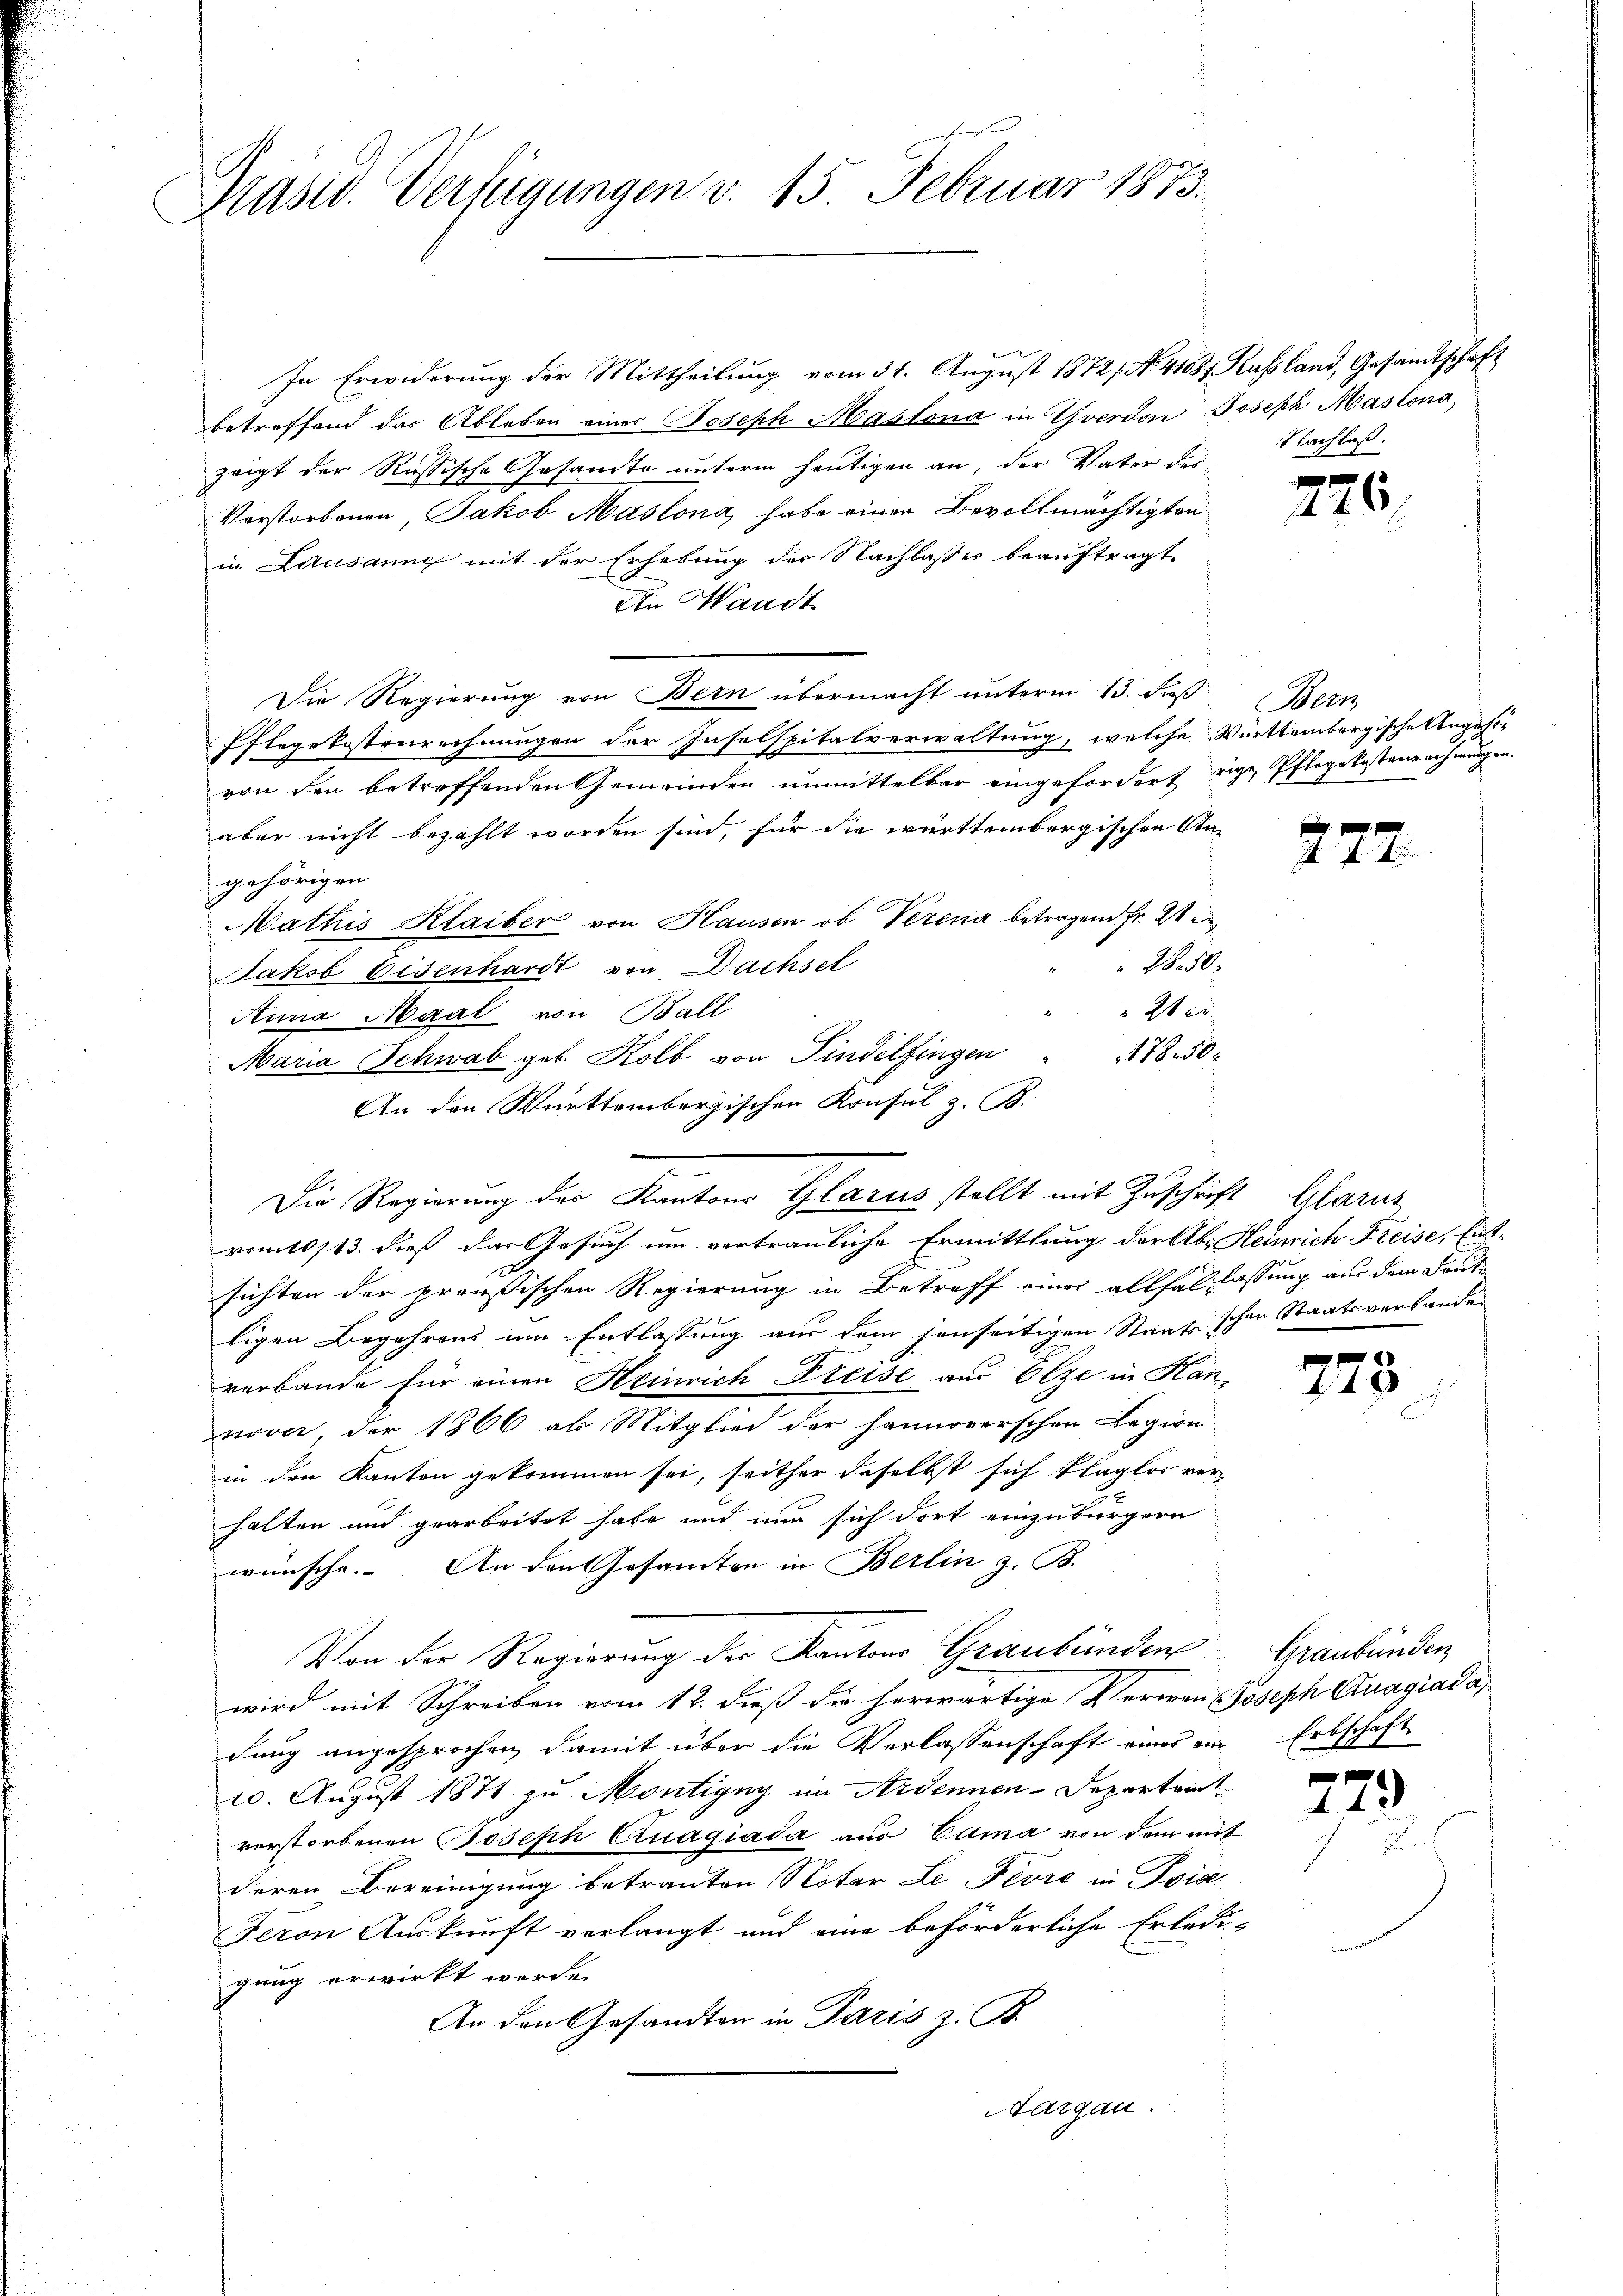
Präsid. Verfügungen v. 15. Februar 1873.

In Erwiderung der Mittheilung vom 31. August 1872, No. 41087 Russland, Gesandtschaft
betreffend das Ableben einer Joseph Maslona in Yverdon Joseph Mastona
zeigt der Russische Gesandte unterm heutigen an, der Vater des
Vorstorbenen, Jakob Maslona, habe einer Bevollmächtigten
in Lausanne mit der Erhebung der Nachlasses beauftragt.
Ain Waadt
Die Regierung von Bern übermacht unterm 13. dieß
Pflegekostenrechnungen der Inselspitalverwaltung, welche Württembergische Angehör
von den betreffenden Gemeinden unmittelbar eingefordert eige, Pflegekosteur nehmungen.
aber nicht bezahlt worden sind, für die württembergischen An-
gehörigen
Mathis Klaiber von Hausen ob Verena betragend Fr. 21
28. 50.
Jakob Eisenhardt von Dachset
Wer
Anna Maal von Ball
Maria Schwab geb. Kolb von Findelfingen " 478. 50
An den Württembergischen Konsul z. B.
vom 10/13. dieß das Gesuch um vertrauliche Ermittlung der Ab. Heinrich Freise, Entsichten der preußischen Regierung in Betreff einer allhal lassung aus dem Deut
ligen Begehrens um Entlassung aus dem jenseitigen Staatsschen Staatsverbandes
verbande für einen Heinrich Freise aus Elze in Han
nover, der 1866 als Mitglied der hannoverschen Legion-
in den Kanton gekommen sei, seither daselbst sich klaglos ver-
halten und gearbeitet habe und nun sich dort einzubürgern
wünsche. An den Gesamten in Berlin z. B.
Von der Regierung der Kantons Graubünden
wird mit Schreiben vom 12. dieß die herwärtige Verwen Joseph Quagiada,
dung angesprochen damit über die Verlassenschaft eines ein
20. August 1871 zu Montigny im Arsennen-Departen
verstorbenen Joseph Quagiada aus Cama von dem mit
deren Bereinigung betrauten Notar Le Fiore in Pois
Feron Auskunft verlangt und eine beförderliche Erledigang erwirkt werde.
An den Gesandten in Paris z. B.
Aargau.

Die Regierung der Kantons Glarus stellt mit Zuschrift Glarus

Nachlaß.

)
446

Wern

777.

275

Graubünden
Erbschaft.

e
19